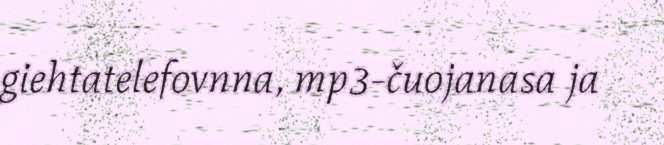
giehtatelefovnna, mp3-čuojanasa ja